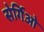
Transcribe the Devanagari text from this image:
सेर्गिओ